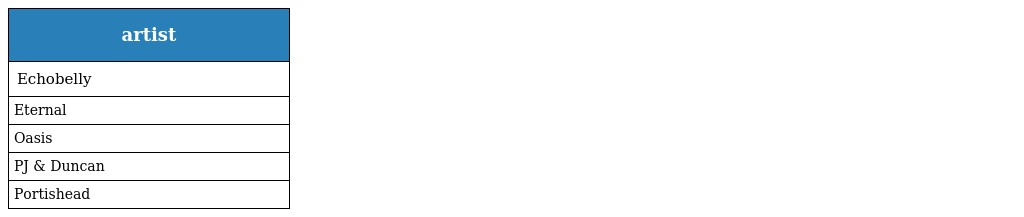
| artist |
 | --- |
 | Echobelly |
 | Eternal |
 | Oasis |
 | PJ & Duncan |
 | Portishead |